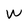
Character: W